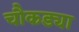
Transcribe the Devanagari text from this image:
चौकड्या